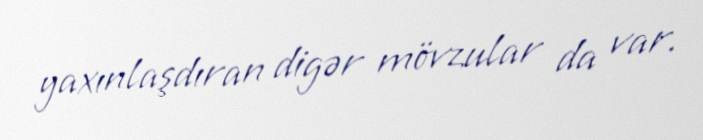
yaxınlaşdıran digər mövzular da var.